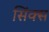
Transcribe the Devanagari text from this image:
सिंक्स